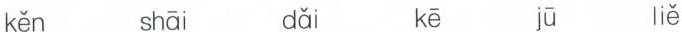
kěn shāi dǎi kē jū liě